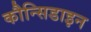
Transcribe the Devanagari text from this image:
कौन्सिडाइन